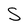
Character: S